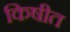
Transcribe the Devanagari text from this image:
किषीत